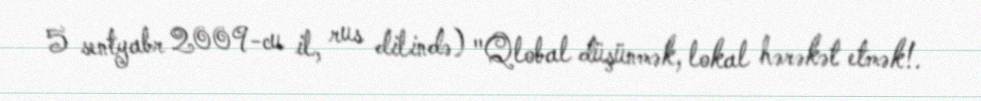
5 sentyabr 2009-cu il, rus dilində) "Qlobal düşünmək, lokal hərəkət etmək!.